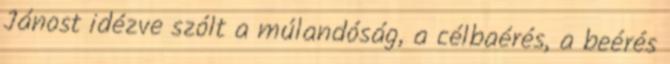
Jánost idézve szólt a múlandóság, a célbaérés, a beérés